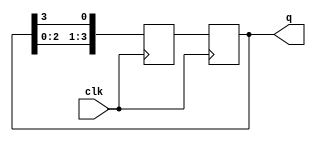
module ring_counter (
    input wire clk,
    output reg [3:0] q
);

reg [3:0] d;

always @(posedge clk) begin
    d <= {q[2:0], q[3]};
    q <= d;
end

endmodule